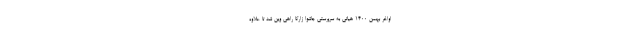
اواخر بهمن ۱۴۰۰ هیاتی به سرپرستی جاشوا زارکا راهی وین شد تا علاوه